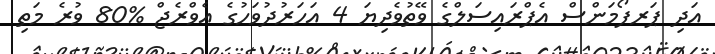
އަދި ޕަރފޯމަންސް އެޕްރައިސަލްގެ ވޭތުވެދިޔަ 4 އަހަރުދުވަހުގެ އެވްރެޖް %80 ވުރެ މަތި